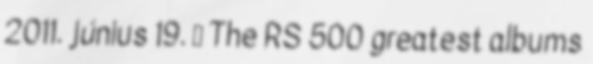
2011. június 19. ↑ The RS 500 greatest albums